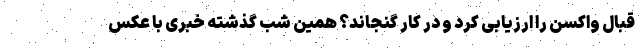
قبال واکسن را ارزیابی کرد و در کار گنجاند؟ همین شب گذشته خبری با عکس